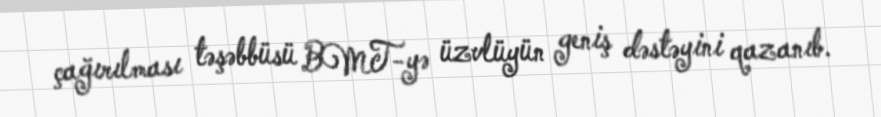
çağırılması təşəbbüsü BMT-yə üzvlüyün geniş dəstəyini qazanıb.